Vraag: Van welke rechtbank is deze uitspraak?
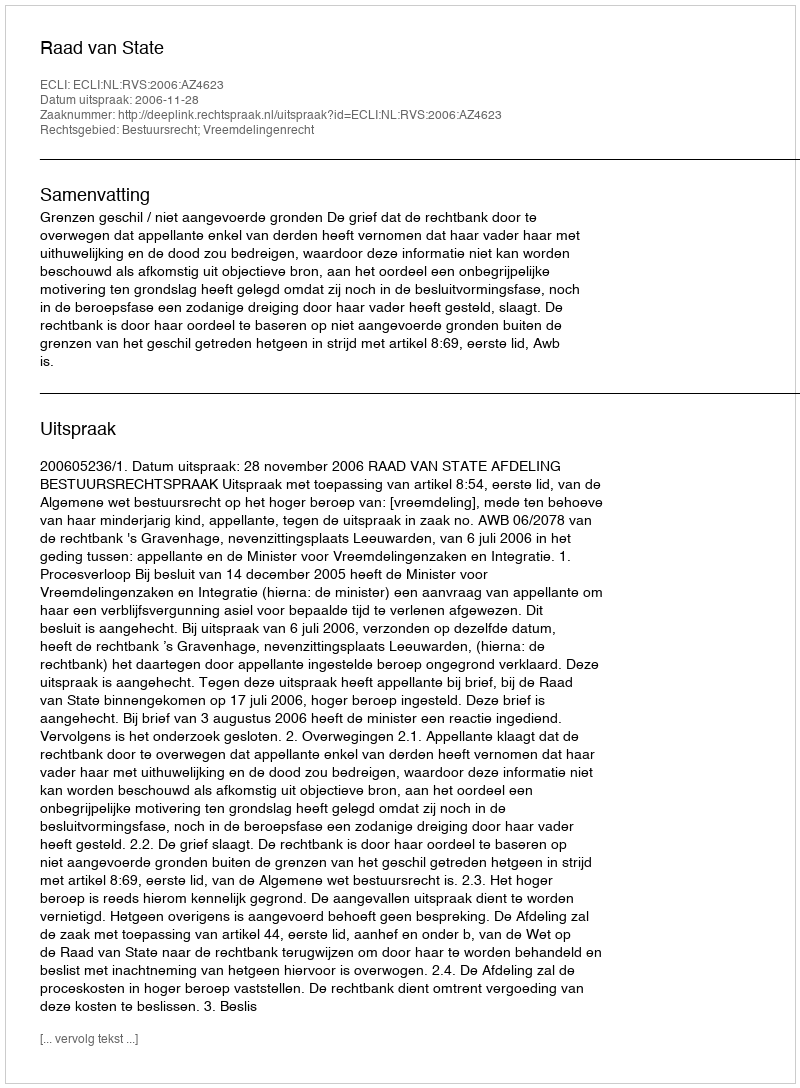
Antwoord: Raad van State